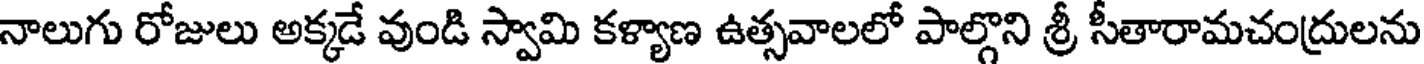
నాలుగు రోజులు అక్కడే వుండి స్వామి కళ్యాణ ఉత్సవాలలో పాల్గొని శ్రీ సీతారామచంద్రులను